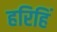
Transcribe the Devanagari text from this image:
हरिहिं